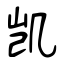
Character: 凯